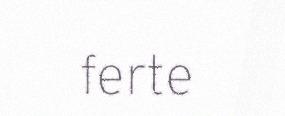
ferte